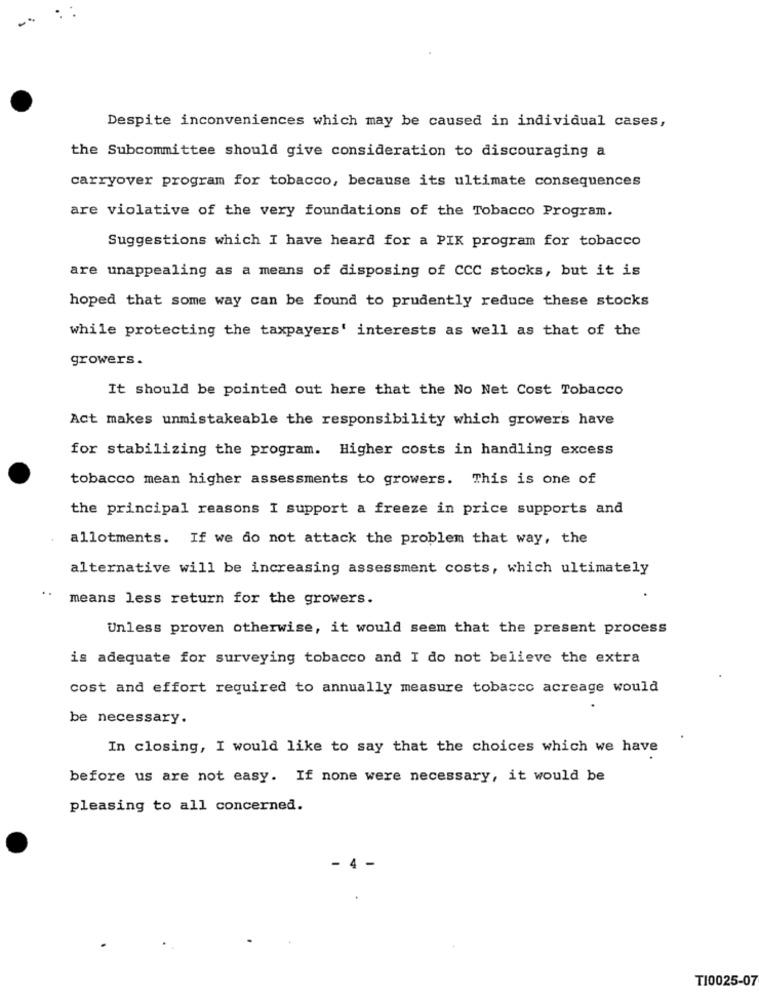
Despite inconveniences which may be caused in individual cases,
the Subcommittee should give consideration to discouraging a
carryover program for tobacco, because its ultimate consequences
are violative of the very foundations of the Tobacco Program.
Suggestions which I have heard for a PIK program for tobacco
are unappealing as a means of disposing of CCC stocks, but it is
hoped that some way can be found to prudently reduce these stocks
while protecting the taxpayers' interests as well as that of the
growers.
It should be pointed out here that the No Net Cost Tobacco
Act makes unmistakeable the responsibility which growers have
for stabilizing the program. Higher costs in handling excess
tobacco mean higher assessments to growers. This is one of
the principal reasons I support a freeze in price supports and
allotments. If we do not attack the problem that way, the
alternative will be increasing assessment costs, which ultimately
means less return for the growers.
Unless proven otherwise, it would seem that the present process
is adequate for surveying tobacco and I do not believe the extra
cost and effort required to annually measure tobacco acreage would
be necessary.
In closing, I would like to say that the choices which we have
before us are not easy. If none were necessary, it would be
pleasing to all concerned.
4
T10025-07